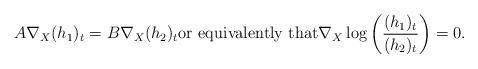
LaTeX: \begin{align*} A \nabla_X (h_1)_t = B \nabla_{X} (h_2)_t \mbox{or equivalently that} \nabla_X \log \left( \frac{(h_1)_t}{(h_2)_t} \right) = 0. \end{align*}